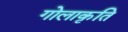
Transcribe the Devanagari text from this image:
गोलाकृति